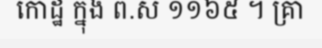
កោដ្ឋ ក្នុង ព.ស ១១៦៥ ។ គ្រា